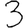
Digit: 3